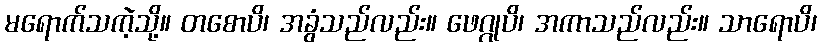
မရောက်သကဲ့သို့။ တစောပိ၊ အခွံသည်လည်း။ ဖေဂ္ဂုပိ၊ အကာသည်လည်း။ သာရောပိ၊